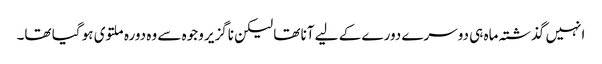
انہیں گذشتہ ماہ ہی دوسرے دورے کے لیے آنا تھا لیکن ناگزیر وجوہ سے وہ دورہ ملتوی ہو گیا تھا۔